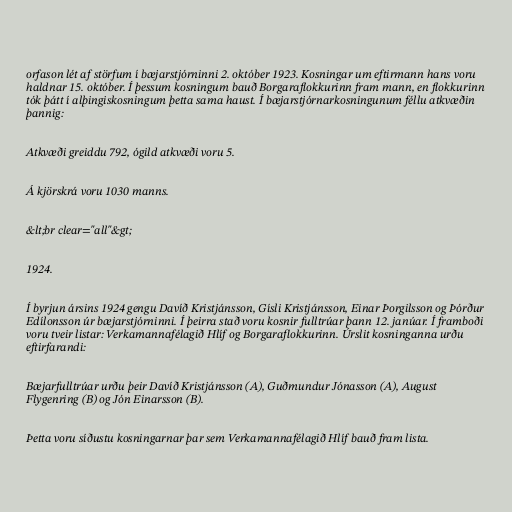
orfason lét af störfum í bæjarstjórninni 2. október 1923. Kosningar um eftirmann hans voru
haldnar 15. október. Í þessum kosningum bauð Borgaraflokkurinn fram mann, en flokkurinn
tók þátt í alþingiskosningum þetta sama haust. Í bæjarstjórnarkosningunum féllu atkvæðin
þannig:

Atkvæði greiddu 792, ógild atkvæði voru 5.

Á kjörskrá voru 1030 manns.

&lt;br clear="all"&gt;

1924.

Í byrjun ársins 1924 gengu Davíð Kristjánsson, Gísli Kristjánsson, Einar Þorgilsson og Þórður
Edílonsson úr bæjarstjórninni. Í þeirra stað voru kosnir fulltrúar þann 12. janúar. Í framboði
voru tveir listar: Verkamannafélagið Hlíf og Borgaraflokkurinn. Úrslit kosninganna urðu
eftirfarandi:

Bæjarfulltrúar urðu þeir Davíð Kristjánsson (A), Guðmundur Jónasson (A), August
Flygenring (B) og Jón Einarsson (B).

Þetta voru síðustu kosningarnar þar sem Verkamannafélagið Hlíf bauð fram lista.